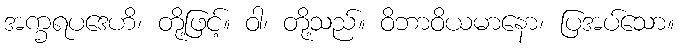
အက္ခရပဒေဟိ၊ တို့ဖြင့်။ ဝါ၊ တို့သည်။ ဝိဘာဝိယမာနော၊ ပြအပ်သော။